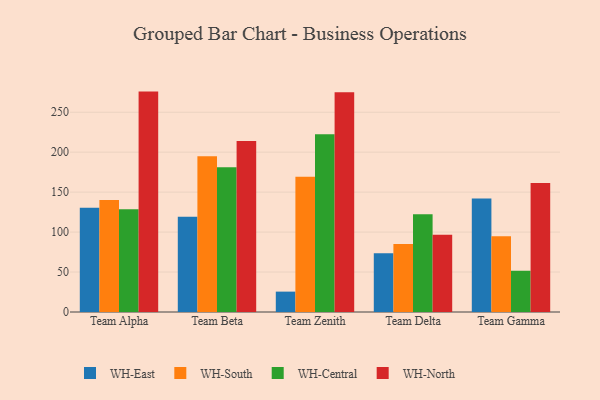
{"axis": {"x": "Team", "y": "Website Visitors"}, "legend": ["WH-Central", "WH-East", "WH-North", "WH-South"], "data": [{"x": "Team Alpha", "y": 130.3, "type": "WH-East"}, {"x": "Team Alpha", "y": 140.2, "type": "WH-South"}, {"x": "Team Alpha", "y": 128.7, "type": "WH-Central"}, {"x": "Team Alpha", "y": 275.8, "type": "WH-North"}, {"x": "Team Beta", "y": 119.2, "type": "WH-East"}, {"x": "Team Beta", "y": 194.9, "type": "WH-South"}, {"x": "Team Beta", "y": 181.1, "type": "WH-Central"}, {"x": "Team Beta", "y": 213.9, "type": "WH-North"}, {"x": "Team Zenith", "y": 25.5, "type": "WH-East"}, {"x": "Team Zenith", "y": 169.2, "type": "WH-South"}, {"x": "Team Zenith", "y": 222.5, "type": "WH-Central"}, {"x": "Team Zenith", "y": 274.9, "type": "WH-North"}, {"x": "Team Delta", "y": 73.6, "type": "WH-East"}, {"x": "Team Delta", "y": 85.1, "type": "WH-South"}, {"x": "Team Delta", "y": 122.2, "type": "WH-Central"}, {"x": "Team Delta", "y": 96.8, "type": "WH-North"}, {"x": "Team Gamma", "y": 142.0, "type": "WH-East"}, {"x": "Team Gamma", "y": 94.9, "type": "WH-South"}, {"x": "Team Gamma", "y": 51.6, "type": "WH-Central"}, {"x": "Team Gamma", "y": 161.4, "type": "WH-North"}]}